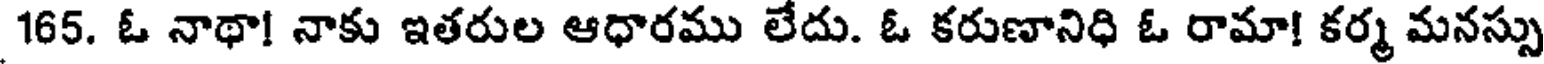
165. ఓ నాథా! నాకు ఇతరుల ఆధారము లేదు. ఓ కరుణానిధి ఓ రామా! కర్మ మనస్సు